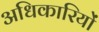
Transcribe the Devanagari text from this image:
अधिकारियोंं